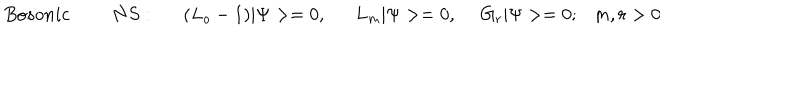
LaTeX: B o s o n i c N S : ( L _ { o } - 1 ) | \Psi > = 0 , L _ { m } | \Psi > = 0 , ~ ~ G _ { r } | \Psi > = 0 ; m , r > 0